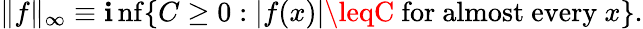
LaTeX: \| f\| _{\infty}\equiv\operatorname*{\mathbf{i}nf}\{ C\geq0:|f(x)|\leqC{\mathrm{{~for~almost~every~}}}x\} .